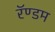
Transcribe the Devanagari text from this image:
रॅण्डम